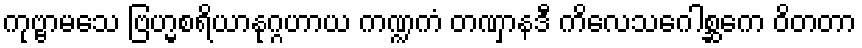
ကုဗ္ဗာမသေ ဗြဟ္မစရိယာနုဂ္ဂဟာယ ကဏ္ဍကံ တဏှာနဒီ ကိလေသဂေါစ္ဆကေ ဝိတတာ